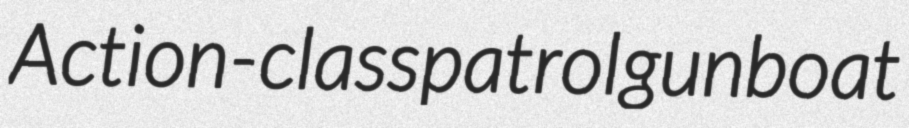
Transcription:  Action-class patrol gunboat